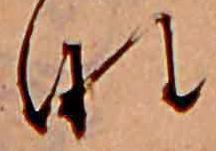
な